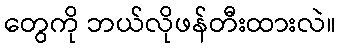
တွေကို ဘယ်လိုဖန်တီးထားလဲ။